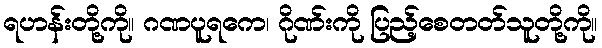
ရဟန်းတို့ကို။ ဂဏပူရကေ၊ ဂိုဏ်းကို ပြည့်စေတတ်သူတို့ကို။